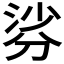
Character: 𭃹